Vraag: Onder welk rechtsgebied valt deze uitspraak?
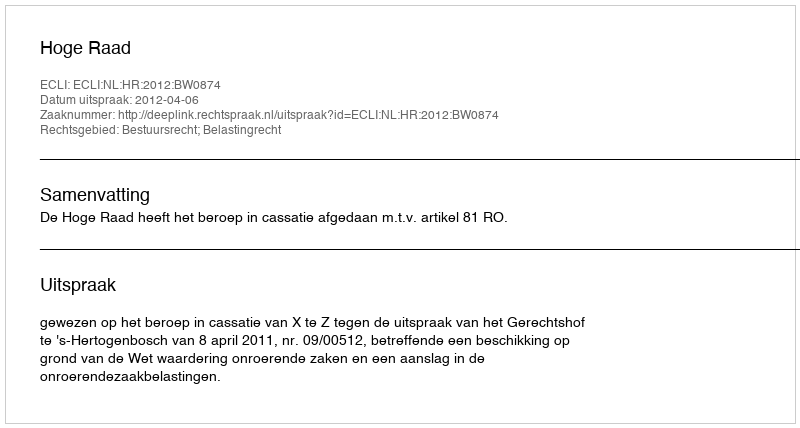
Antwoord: Bestuursrecht; Belastingrecht